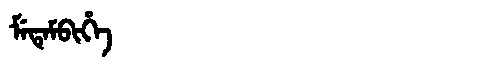
Manchu: ᠮᡝᡨᡝᠮᠪᡳᡥᡝ
Romanization: METEMBIHE